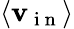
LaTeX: \langle\mathbf{v}_{\mathrm{{~i~n~}}}\rangle